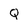
Character: Q